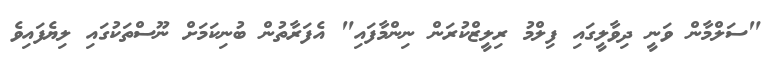
"ސަލްމާން ވަނީ ދިވާލީގައި ފިލްމު ރިލީޒްކުރަން ނިންމާފައި" އެފަރާތުން ބުނިކަމަށް ނޫސްތަކުގައި ލިޔެފައިވެ